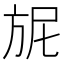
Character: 𭤴